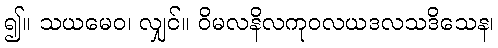
၍။ သယမေဝ၊ လျှင်။ ဝိမလနိလကုဝလယဒလသဒိသေန၊